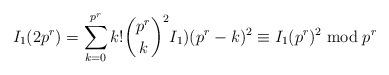
LaTeX: \begin{align*}I_{1}(2p^{r}) = \sum_{k=0}^{p^{r}} k! \binom{p^{r}}{k}^{2} I_{1})(p^{r}-k)^{2} \equiv I_{1}(p^{r})^{2} \bmod p^{r}\end{align*}